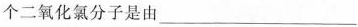
个二氧化氯分子是由___